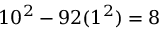
1 0 ^ { 2 } - 9 2 ( 1 ^ { 2 } ) = 8